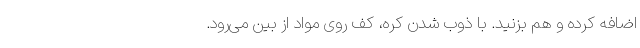
اضافه کرده و هم بزنید. با ذوب شدن کره، کف روی مواد از بین می‌رود.